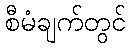
စီမံချက်တွင်